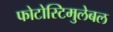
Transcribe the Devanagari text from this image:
फोटोस्टिमुलेबल